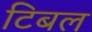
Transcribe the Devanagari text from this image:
टिबल